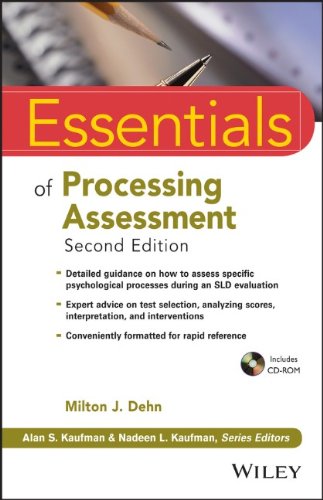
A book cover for Essentials of Processing Assessment; Milton J. Dehn; Medical Books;